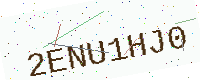
Text: 2ENU1HJ0